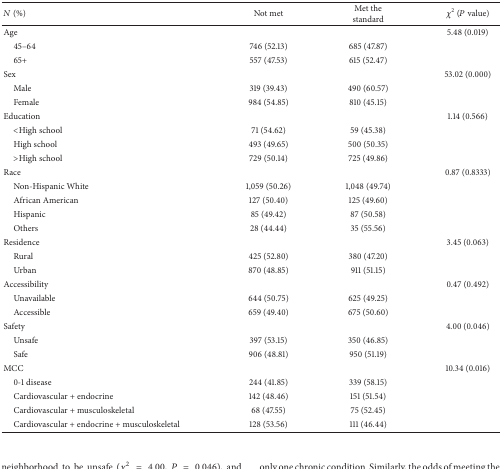
<table><thead><tr><td><b><i>N</i> (%)</b></td><td><b>Not met</b></td><td><b>Met the standard</b></td><td><b><i>χ</i><sup>2</sup> (<i>P</i> value)</b></td></tr></thead><tbody><tr><td>Age</td><td> </td><td> </td><td>5.48 (0.019)</td></tr><tr><td>45–64</td><td>746 (52.13)</td><td>685 (47.87)</td><td> </td></tr><tr><td>65+</td><td>557 (47.53)</td><td>615 (52.47)</td><td> </td></tr><tr><td>Sex</td><td> </td><td> </td><td>53.02 (0.000)</td></tr><tr><td>Male</td><td>319 (39.43)</td><td>490 (60.57)</td><td> </td></tr><tr><td>Female</td><td>984 (54.85)</td><td>810 (45.15)</td><td> </td></tr><tr><td>Education</td><td> </td><td> </td><td>1.14 (0.566)</td></tr><tr><td>&lt;High school</td><td>71 (54.62)</td><td>59 (45.38)</td><td> </td></tr><tr><td>High school</td><td>493 (49.65)</td><td>500 (50.35)</td><td> </td></tr><tr><td>&gt;High school</td><td>729 (50.14)</td><td>725 (49.86)</td><td> </td></tr><tr><td>Race</td><td> </td><td> </td><td>0.87 (0.8333)</td></tr><tr><td>Non-Hispanic White</td><td>1,059 (50.26)</td><td>1,048 (49.74)</td><td> </td></tr><tr><td>African American</td><td>127 (50.40)</td><td>125 (49.60)</td><td> </td></tr><tr><td>Hispanic</td><td>85 (49.42)</td><td>87 (50.58)</td><td> </td></tr><tr><td>Others</td><td>28 (44.44)</td><td>35 (55.56)</td><td> </td></tr><tr><td>Residence</td><td> </td><td> </td><td>3.45 (0.063)</td></tr><tr><td>Rural</td><td>425 (52.80)</td><td>380 (47.20)</td><td> </td></tr><tr><td>Urban</td><td>870 (48.85)</td><td>911 (51.15)</td><td> </td></tr><tr><td>Accessibility</td><td> </td><td> </td><td>0.47 (0.492)</td></tr><tr><td>Unavailable</td><td>644 (50.75)</td><td>625 (49.25)</td><td> </td></tr><tr><td>Accessible</td><td>659 (49.40)</td><td>675 (50.60)</td><td> </td></tr><tr><td>Safety</td><td> </td><td> </td><td>4.00 (0.046)</td></tr><tr><td>Unsafe</td><td>397 (53.15)</td><td>350 (46.85)</td><td> </td></tr><tr><td>Safe</td><td>906 (48.81)</td><td>950 (51.19)</td><td> </td></tr><tr><td>MCC</td><td> </td><td> </td><td>10.34 (0.016)</td></tr><tr><td> 0-1 disease</td><td>244 (41.85)</td><td>339 (58.15)</td><td> </td></tr><tr><td> Cardiovascular + endocrine</td><td>142 (48.46)</td><td>151 (51.54)</td><td> </td></tr><tr><td> Cardiovascular + musculoskeletal</td><td>68 (47.55)</td><td>75 (52.45)</td><td> </td></tr><tr><td> Cardiovascular + endocrine + musculoskeletal</td><td>128 (53.56)</td><td>111 (46.44)</td><td> </td></tr></tbody></table>